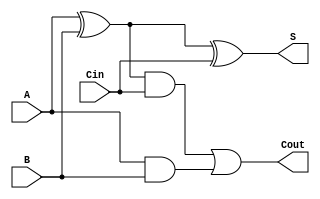

module FA(A, B, Cin, S, Cout);

input A, B, Cin;
output S, Cout;

wire w1, w2, w3;

assign w1 = A ^ B;
assign w2 = w1 & Cin;
assign w3 = A & B;

assign S = w1 ^ Cin;
assign Cout = w2 | w3;

endmodule